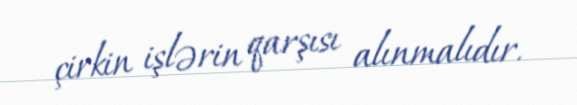
çirkin işlərin qarşısı alınmalıdır.